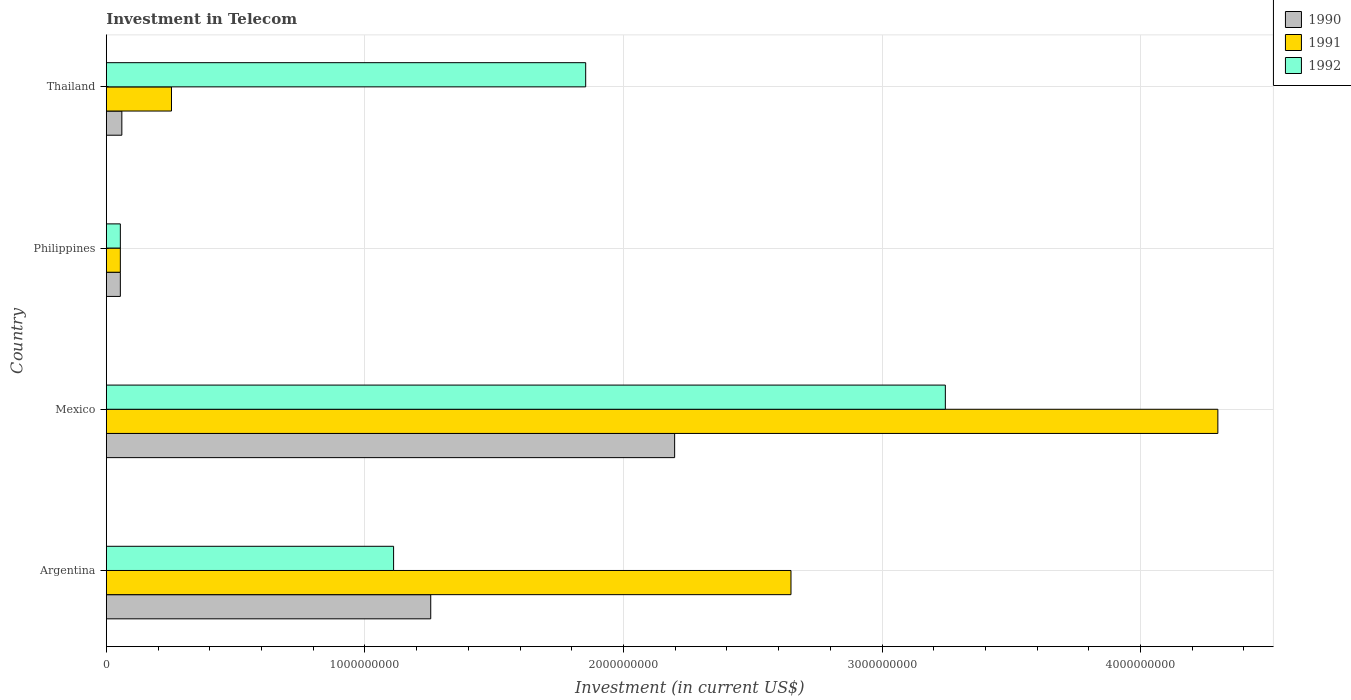
| Country | 1990 | 1991 | 1992 |
 | --- | --- | --- | --- |
 | Argentina | 1.25e+09 | 2.65e+09 | 1.11e+09 |
 | Mexico | 2.2e+09 | 4.3e+09 | 3.24e+09 |
 | Philippines | 5.42e+07 | 5.42e+07 | 5.42e+07 |
 | Thailand | 6e+07 | 2.52e+08 | 1.85e+09 |